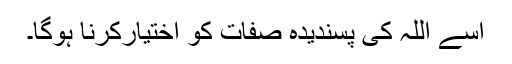
اُسے اللہ کی پسندیدہ صفات کو اختیارکرنا ہوگا۔